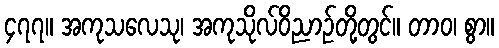
၄၇၇။ အကုသလေသု၊ အကုသိုလ်ဝိညာဉ်တို့တွင်။ တာဝ၊ စွာ။